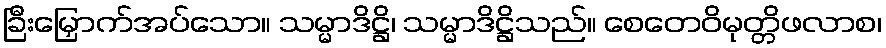
ခြီးမြှောက်အပ်သော။ သမ္မာဒိဋ္ဌိ၊ သမ္မာဒိဋ္ဌိသည်။ စေတေဝိမုတ္တိဖလာစ၊